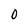
Character: 0